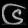
Digit: ၆